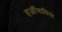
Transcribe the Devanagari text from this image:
हर्जीगाविना